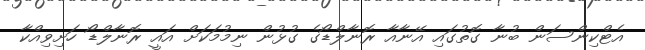
އެޓްކިންސަން ބުނާ ގޮތުގައި އޭނާއާ ރޮނާލްޑޯގެ ގުޅުން ނިމުމަކަށް އައީ ރޮނާލްޑޯ ހަށިވިއްކާ